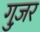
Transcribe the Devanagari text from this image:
गुज़़र